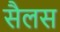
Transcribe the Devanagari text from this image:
सैलस